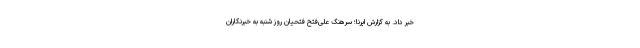
خبر داد. به گزارش ایرنا؛ سرهنگ علی‌فتح فتحیان روز شنبه به خبرنگاران